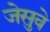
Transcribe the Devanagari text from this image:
जेसुवे